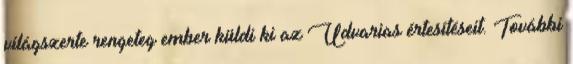
világszerte rengeteg ember küldi ki az Udvarias értesítéseit. További